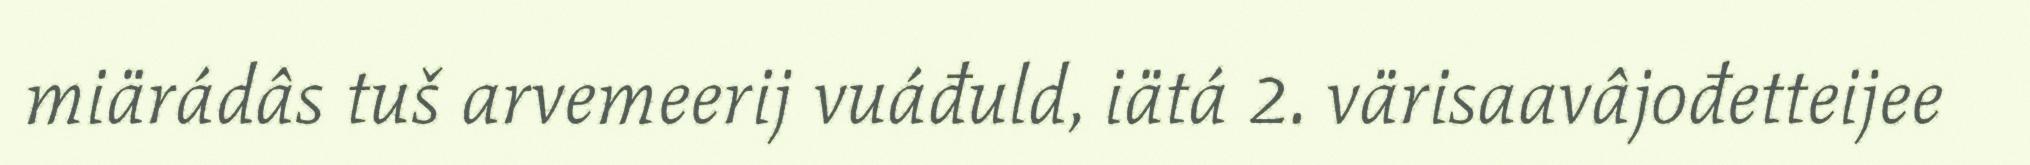
miärádâs tuš arvemeerij vuáđuld, iätá 2. värisaavâjođetteijee